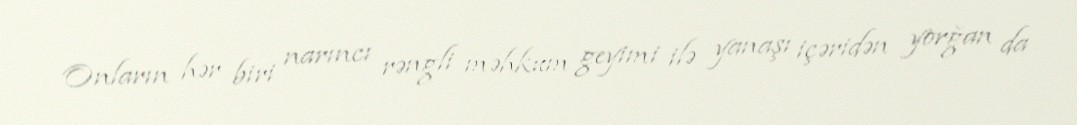
Onların hər biri narıncı rəngli məhkum geyimi ilə yanaşı içəridən yorğan da